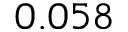
0 . 0 5 8